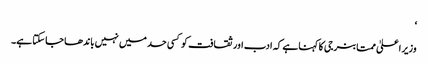
‘
وزیر اعلیٰ ممتا بنرجی کا کہنا ہے کہ ادب اور ثقافت کو کسی حد میں نہیں باندھا جا سکتا ہے۔